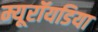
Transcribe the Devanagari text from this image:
म्यूरॉयडिया